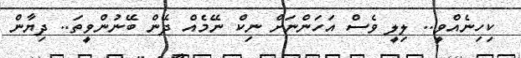
ކިހިނެއްވީ.. ލިލީ ވެސް އަހަންނަށް ނިކް ނޭމެއް ދޭން ބޭނުންވީތަ.. ދިޔާން